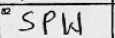
Transcription: SPW